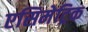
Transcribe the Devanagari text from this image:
एसिमेट्रिक